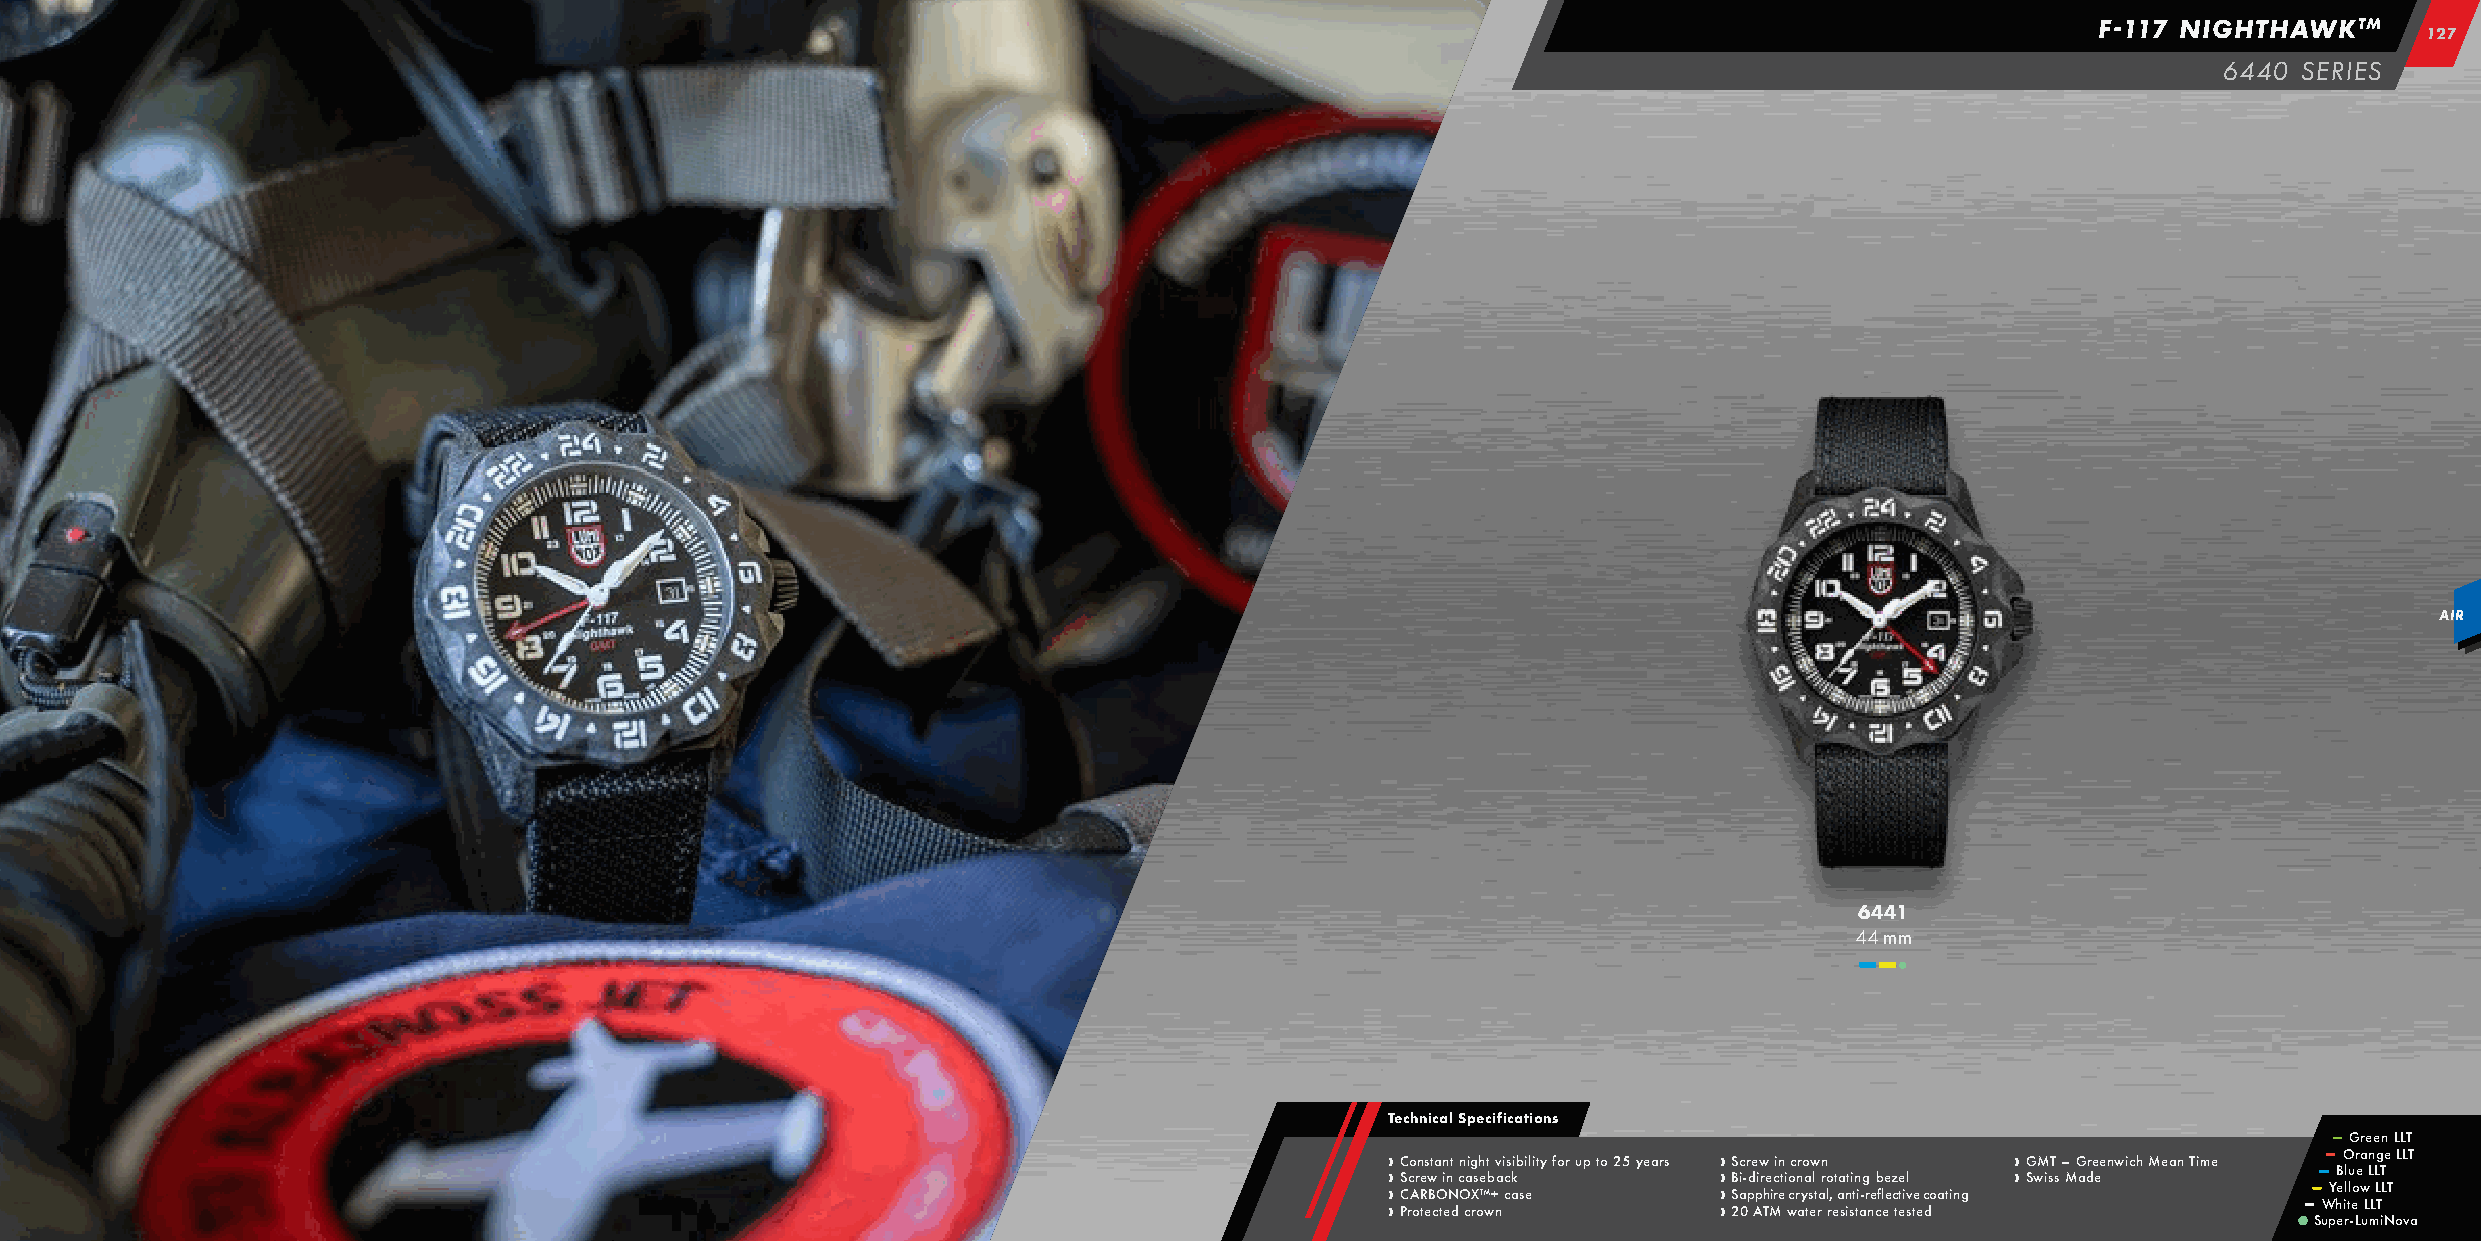
F-117 NIGHTHAWKTM
 112277
 6440 SERIES
 AIR
 6441
 44 mm
 –– ––
 Technical Specifications
 –– Green LLT
 › › › › C S C Prco A orn Re tes w Bt ca O tin en N dt c On cai rg Xs oh e ™ wt b + nav i c cs k aib si elity for up to 25 years › › › › S B S 2ac i 0-r p de Apiw r h Te Mic rin et i wo cc rnr ayo a ts ew l t ran r lo r, e t aa sn it si tn ti a-g r n eb cfl ee e z c te etil sv te e c doating › › G SwM isT s – M G adre eenwich Mean Time –– ––
 S
 –– uW –– Y
 p
 hB e eO ill rtlu -eor Le wa
 u
 LLn
 m
 LL Lg TT iL Ne T oLL vT
 a